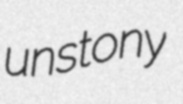
unstony